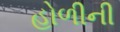
હોળીની